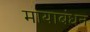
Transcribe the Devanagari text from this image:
मायाबंधन